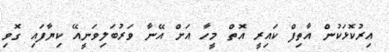
އިރުކޮޅަކުން އާތިފް ކައިރީ އޮތް މީހާ އަށް އޭނާ ވަރުބަލިވަނީއޭ ކިޔާފައި ގޮވި